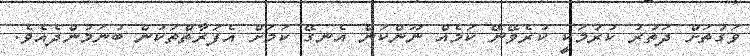
ވަގުތަށް ދަތުރު ކުރުމަކީ ކުރެވޭނޭ ކަމެއް ނޫންކަން އެނގޭ ކަމަށް އެފަރާތްތަކުން ބުނަމުންދެއެވެ.